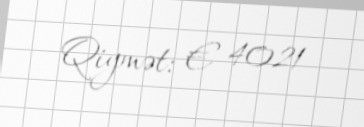
Qiymət: € 4021